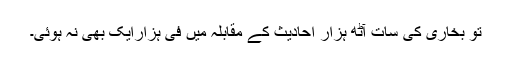
تو بخاری کی سات آٹھ ہزار احادیث کے مقابلہ میں فی ہزارایک بھی نہ ہوئی۔